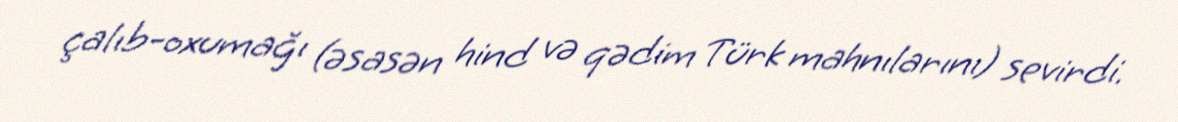
çalıb-oxumağı (əsasən hind və qədim Türk mahnılarını) sevirdi.